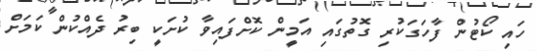
ހައި ކޯޓުން ފާހަގަކުރި ގޮތުގައި އަމީން ކޮށްފައިވާ ކުށަކީ ބިރު ދެއްކުން ކަމަށް